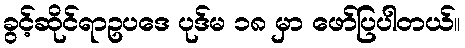
ခွင့်ဆိုင်ရာဥပဒေ ပုဒ်မ ၁၈ မှာ ဖော်ပြပါတယ်။